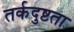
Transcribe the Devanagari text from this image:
तर्कदुष्टता